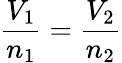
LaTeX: {\frac{V_{1}}{n_{1}}}={\frac{V_{2}}{n_{2}}}